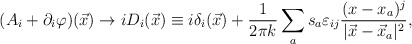
\begin{align*}(A_{i}+\partial_i \varphi)(\vec x) \rightarrow iD_{i}(\vec x)\equiv i\delta_i (\vec x) + \frac {1}{2\pi k} \sum _{a} s_{a}\varepsilon_{ij} \frac{(x-x_{a})^{j}}{|\vec x - \vec x_{a}|^{2}},\end{align*}